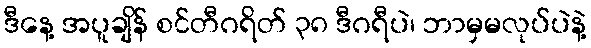
ဒီနေ့ အပူချိန် စင်တီဂရိတ် ၃၈ ဒီဂရီပဲ၊ ဘာမှမလုပ်ပဲနဲ့